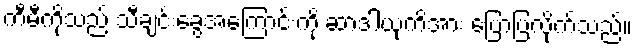
ကီမီကိုသည် သီချင်းခွေအကြောင်းကို ဆာဒါယုကိအား ပြောပြလိုက်သည်။